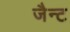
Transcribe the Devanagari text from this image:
जैन्ट